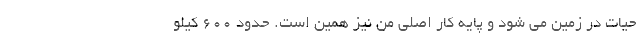
حیات در زمین می شود و پایه کار اصلی من نیز همین است. حدود 600 کیلو